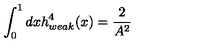
\int _ { 0 } ^ { 1 } d x h _ { w e a k } ^ { 4 } ( x ) = \frac { 2 } { A ^ { 2 } }